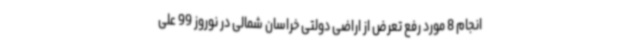
انجام 8 مورد رفع تعرض از اراضی دولتی خراسان شمالی در نوروز 99 علی